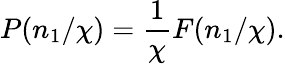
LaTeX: P(n_{1}/\chi)=\frac{1}{\chi}F(n_{1}/\chi).